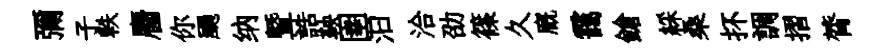
一彌子軼麕你颺纳曁誥鞅圉汩洽劭篠久廐靄鎗綵桑抔調摺膂